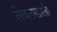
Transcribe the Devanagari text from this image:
लेबलखाली